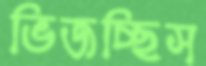
ভিজচ্ছিস